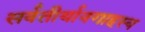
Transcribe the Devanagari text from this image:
सर्वतीर्थावगाहस्य